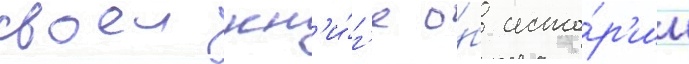
своеи кн'и́г'е о́б исто́р'ии